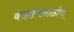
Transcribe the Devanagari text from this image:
कझानसाठीचे